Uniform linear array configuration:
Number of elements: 8
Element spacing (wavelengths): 1
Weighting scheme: cosine
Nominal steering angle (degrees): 0
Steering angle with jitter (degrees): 0.03357
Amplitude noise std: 0.05
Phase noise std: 0.05

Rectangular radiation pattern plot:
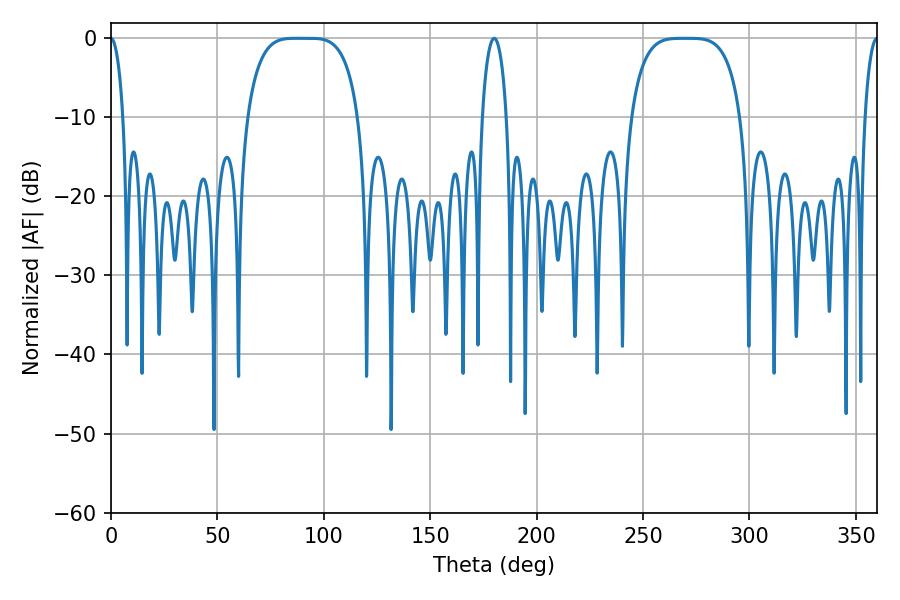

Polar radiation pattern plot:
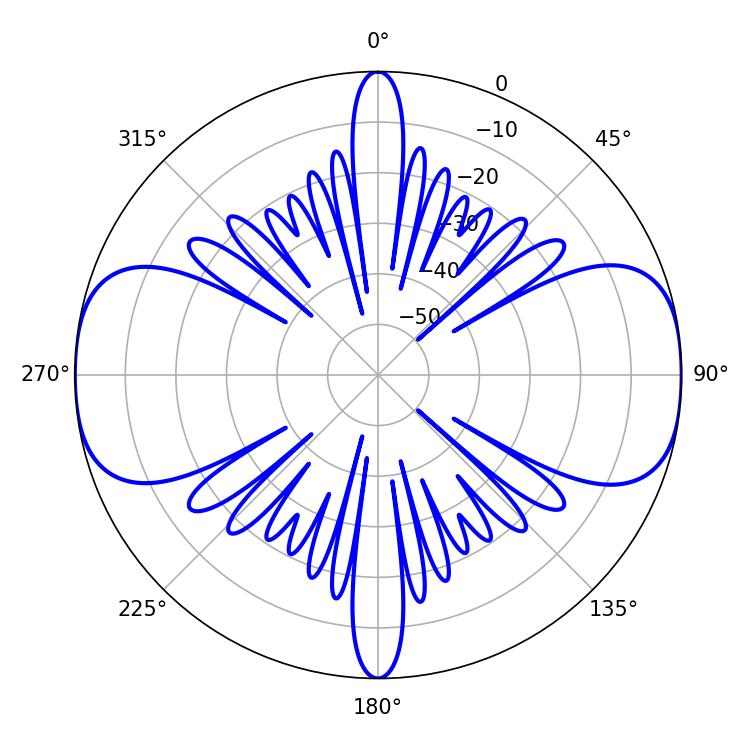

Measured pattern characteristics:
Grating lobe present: TRUE
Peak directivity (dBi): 21.49
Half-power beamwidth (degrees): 39.6
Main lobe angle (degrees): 87.3